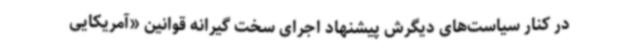
در کنار سیاست‌های دیگرش پیشنهاد اجرای سخت گیرانه قوانین «آمریکایی